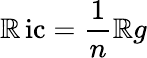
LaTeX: \operatorname{\mathbb{R}ic}={\frac{{1}}{{n}}}\mathbb{R}g